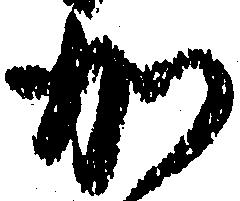
か